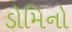
ડોમિનો